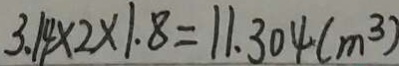
3 . 1 4 \times 2 \times 1 . 8 = 1 1 . 3 0 4 ( m ^ { 3 } )